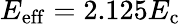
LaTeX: E_{\mathrm{eff}}=2.125E_{\mathrm{c}}